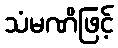
သံမဏိဖြင့်